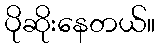
ပိုဆိုးနေတယ်။